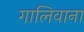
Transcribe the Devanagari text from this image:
गालिवाना